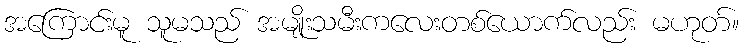
အကြောင်းမူ သူမသည် အမျိုးသမီးကလေးတစ်ယောက်လည်း မဟုတ်။